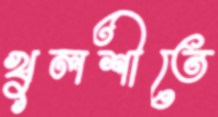
খুলশীতে